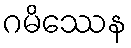
ဂမိဿေန